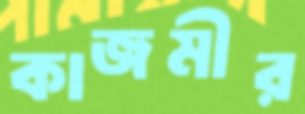
কাজমীর